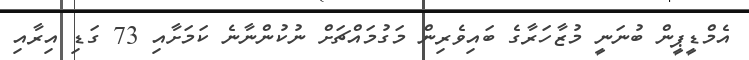
އެމްޑީޕީން ބުނަނީ މުޒާހަރާގެ ބައިވެރިން މަގުމައްޗަށް ނުކުންނާނެ ކަމަށާއި 73 ގަޑި އިރާއި